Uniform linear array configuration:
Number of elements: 48
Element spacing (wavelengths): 0.75
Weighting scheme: exponential
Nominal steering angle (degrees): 45
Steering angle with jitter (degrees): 46.616
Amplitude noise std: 0.05
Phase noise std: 0.05

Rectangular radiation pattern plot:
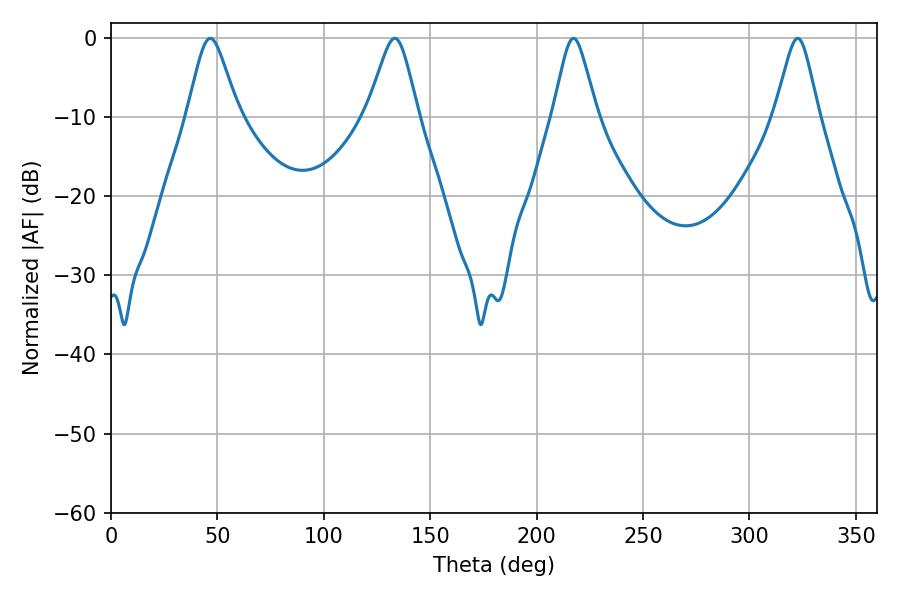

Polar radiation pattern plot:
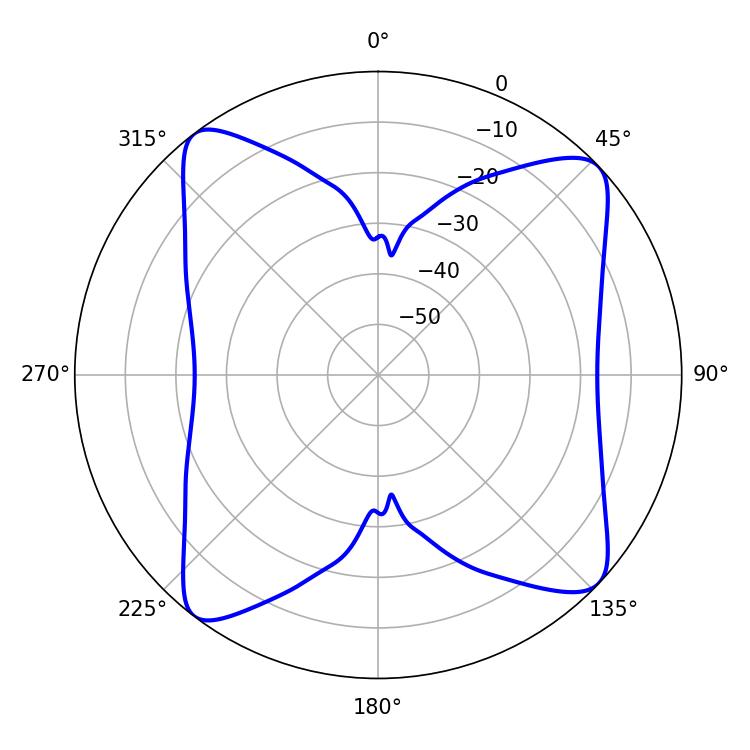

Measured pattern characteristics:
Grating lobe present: TRUE
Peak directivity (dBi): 12.398
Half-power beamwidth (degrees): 11.52
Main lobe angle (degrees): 46.62